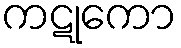
ကဋုကော